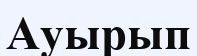
Ауырып